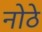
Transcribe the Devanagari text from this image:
नोठे